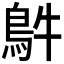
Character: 𩿓